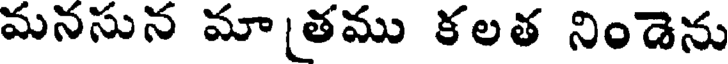
మనసున మాతము కలత నిండెను